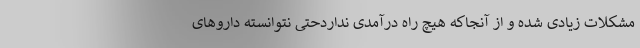
مشکلات زیادی شده و از آنجاکه هیچ راه درآمدی نداردحتی نتوانسته داروهای